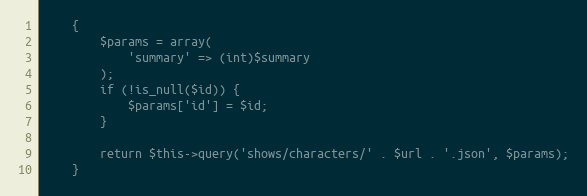
Language: PHP
    {
        $params = array(
            'summary' => (int)$summary
        );
        if (!is_null($id)) {
            $params['id'] = $id;
        }

        return $this->query('shows/characters/' . $url . '.json', $params);
    }